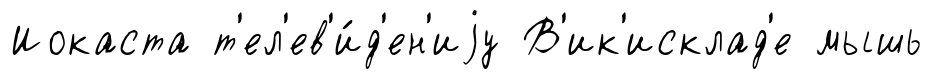
Иокаста т'ел'ев'и́д'ен'иjу В'ик'исклад'е мышь